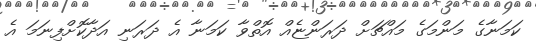
ކަމަނާގެ މަންމަގެ މައްޗަށް ދަރަންޏެއް އޮތްވާ ކަމަނާ އެ ދަރަނި އަދާކޮށްފިނަމަ އެ